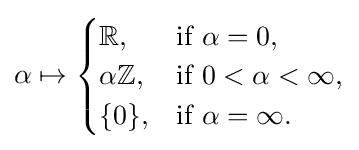
\alpha \mapsto {\begin{cases}\mathbb {R} ,&{\text{if }}\alpha =0,\\\alpha \mathbb {Z} ,&{\text{if }}0<\alpha <\infty ,\\\{0\},&{\text{if }}\alpha =\infty .\end{cases}}